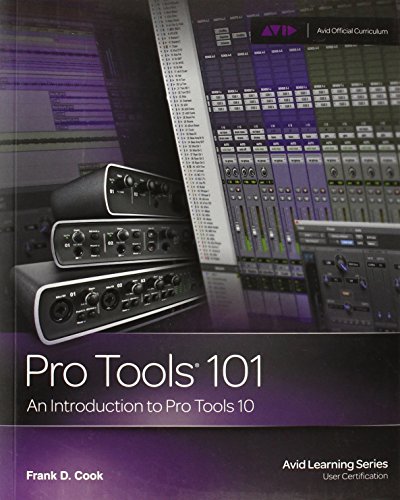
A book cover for Pro Tools 101 -- An Introduction to Pro Tools 10 (Book & DVD) (Avid Learning); Frank D. Cook; Arts & Photography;